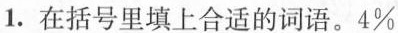
1.在括号里填上合适的词语。4\%